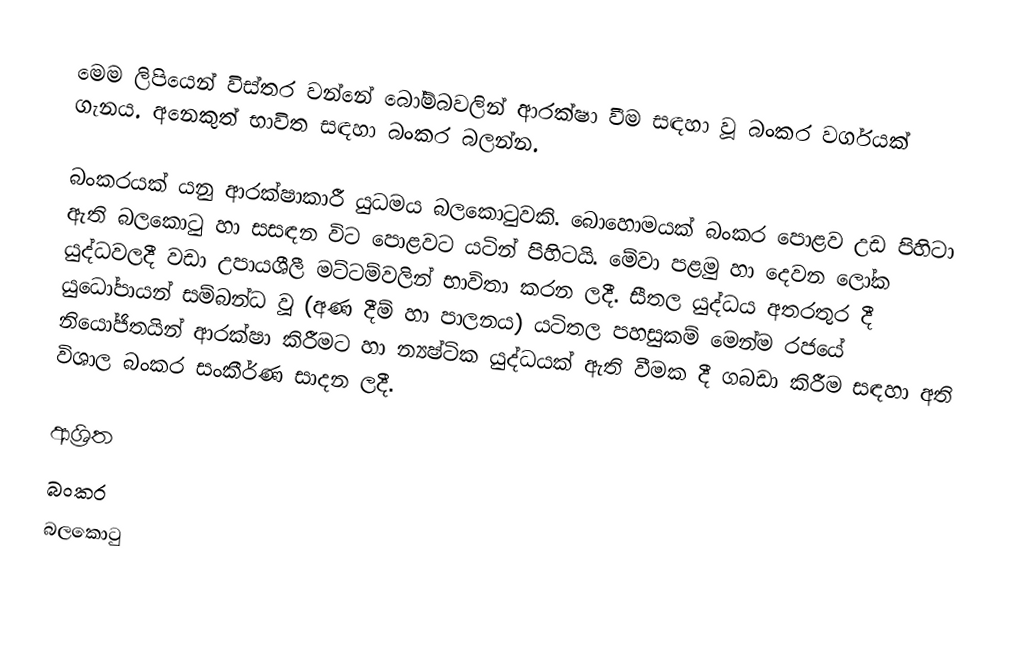
මෙම ලිපියෙන් විස්තර වන්නේ බෝම්බවලින් ආරක්ෂා වීම සඳහා වූ බංකර වර්ගයක් ගැනය. අනෙකුත් භාවිත සඳහා බංකර බලන්න.

බංකරයක් යනු ආරක්ෂාකාරී යුධමය බලකොටුවකි. බොහොමයක් බංකර පොළව උඩ පිහිටා ඇති බ‍ලකොටු හා සසඳන විට පොළවට යටින් පිහිටයි. මේවා පළමු හා දෙවන ලෝක යුද්ධවලදී වඩා උපායශීලී මට්ටම්වලින් භාවිතා කරන ලදී. සීතල යුද්ධය අතරතුර දී යුධෝපායන් සම්බන්ධ වූ (අණ දීම් හා පාලනය) යටිතල පහසුකම් මෙන්ම රජයේ නියෝජිතයින් ආරක්ෂා කිරීමට හා න්‍යෂ්ටික යුද්ධයක් ඇති වීමක දී ගබඩා කිරීම සඳහා අති විශාල බංකර සංකීර්ණ සාදන ලදී.

ආශ්‍රිත
බංකර
බලකොටු